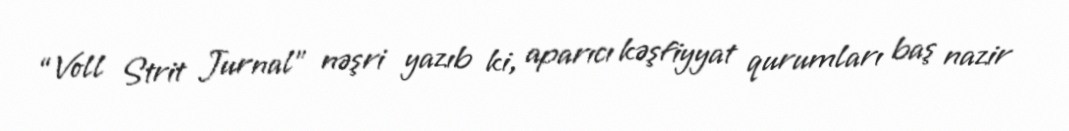
“Voll Strit Jurnal” nəşri yazıb ki, aparıcı kəşfiyyat qurumları baş nazir